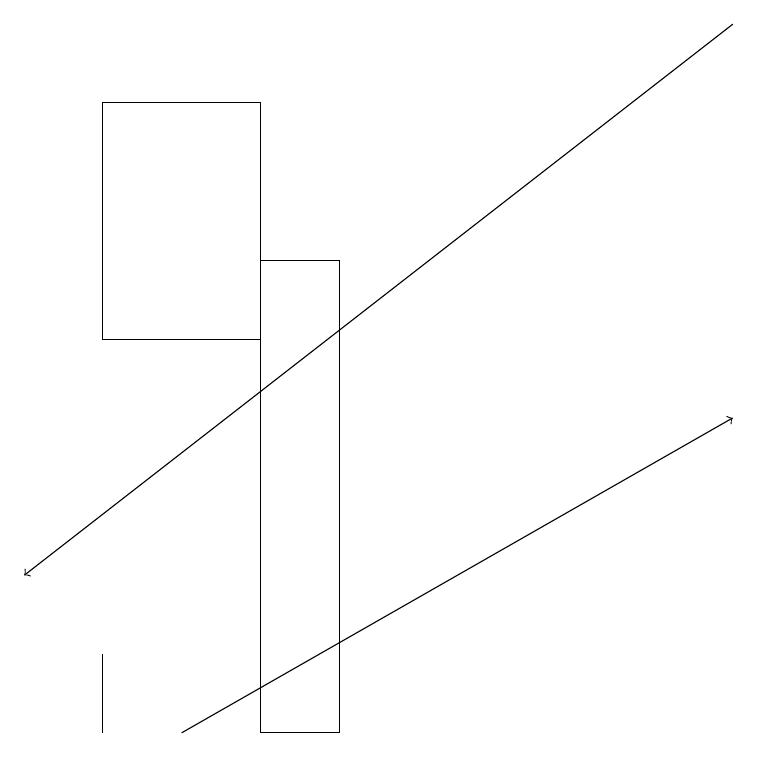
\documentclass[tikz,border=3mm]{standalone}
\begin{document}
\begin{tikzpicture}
\draw[->] (9,19) -- (0,12);
\draw (4,16) rectangle (3,10);
\draw (1,11) rectangle (1,10);
\draw[->] (2,10) -- (9,14);
\draw (1,11) rectangle (1,10);
\draw (1,15) rectangle (3,18);
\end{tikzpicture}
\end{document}